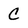
Character: c